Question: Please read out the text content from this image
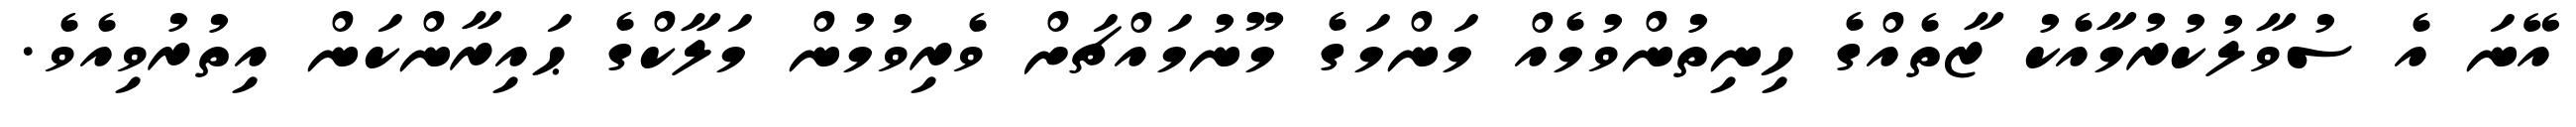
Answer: އޭނަ އެ ސުވާލުކުރުމާއެކު ޒާތެއްގެ ހިނިތުންވުމެއް މަންމަގެ މޫނުމައްޗަށް ވެރިވުމުން މަލާކްގެ ޙައިރާންކަން އިތުރުވިއެވެ.